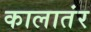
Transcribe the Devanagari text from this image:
कालातंर